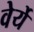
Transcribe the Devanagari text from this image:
वेर्ये